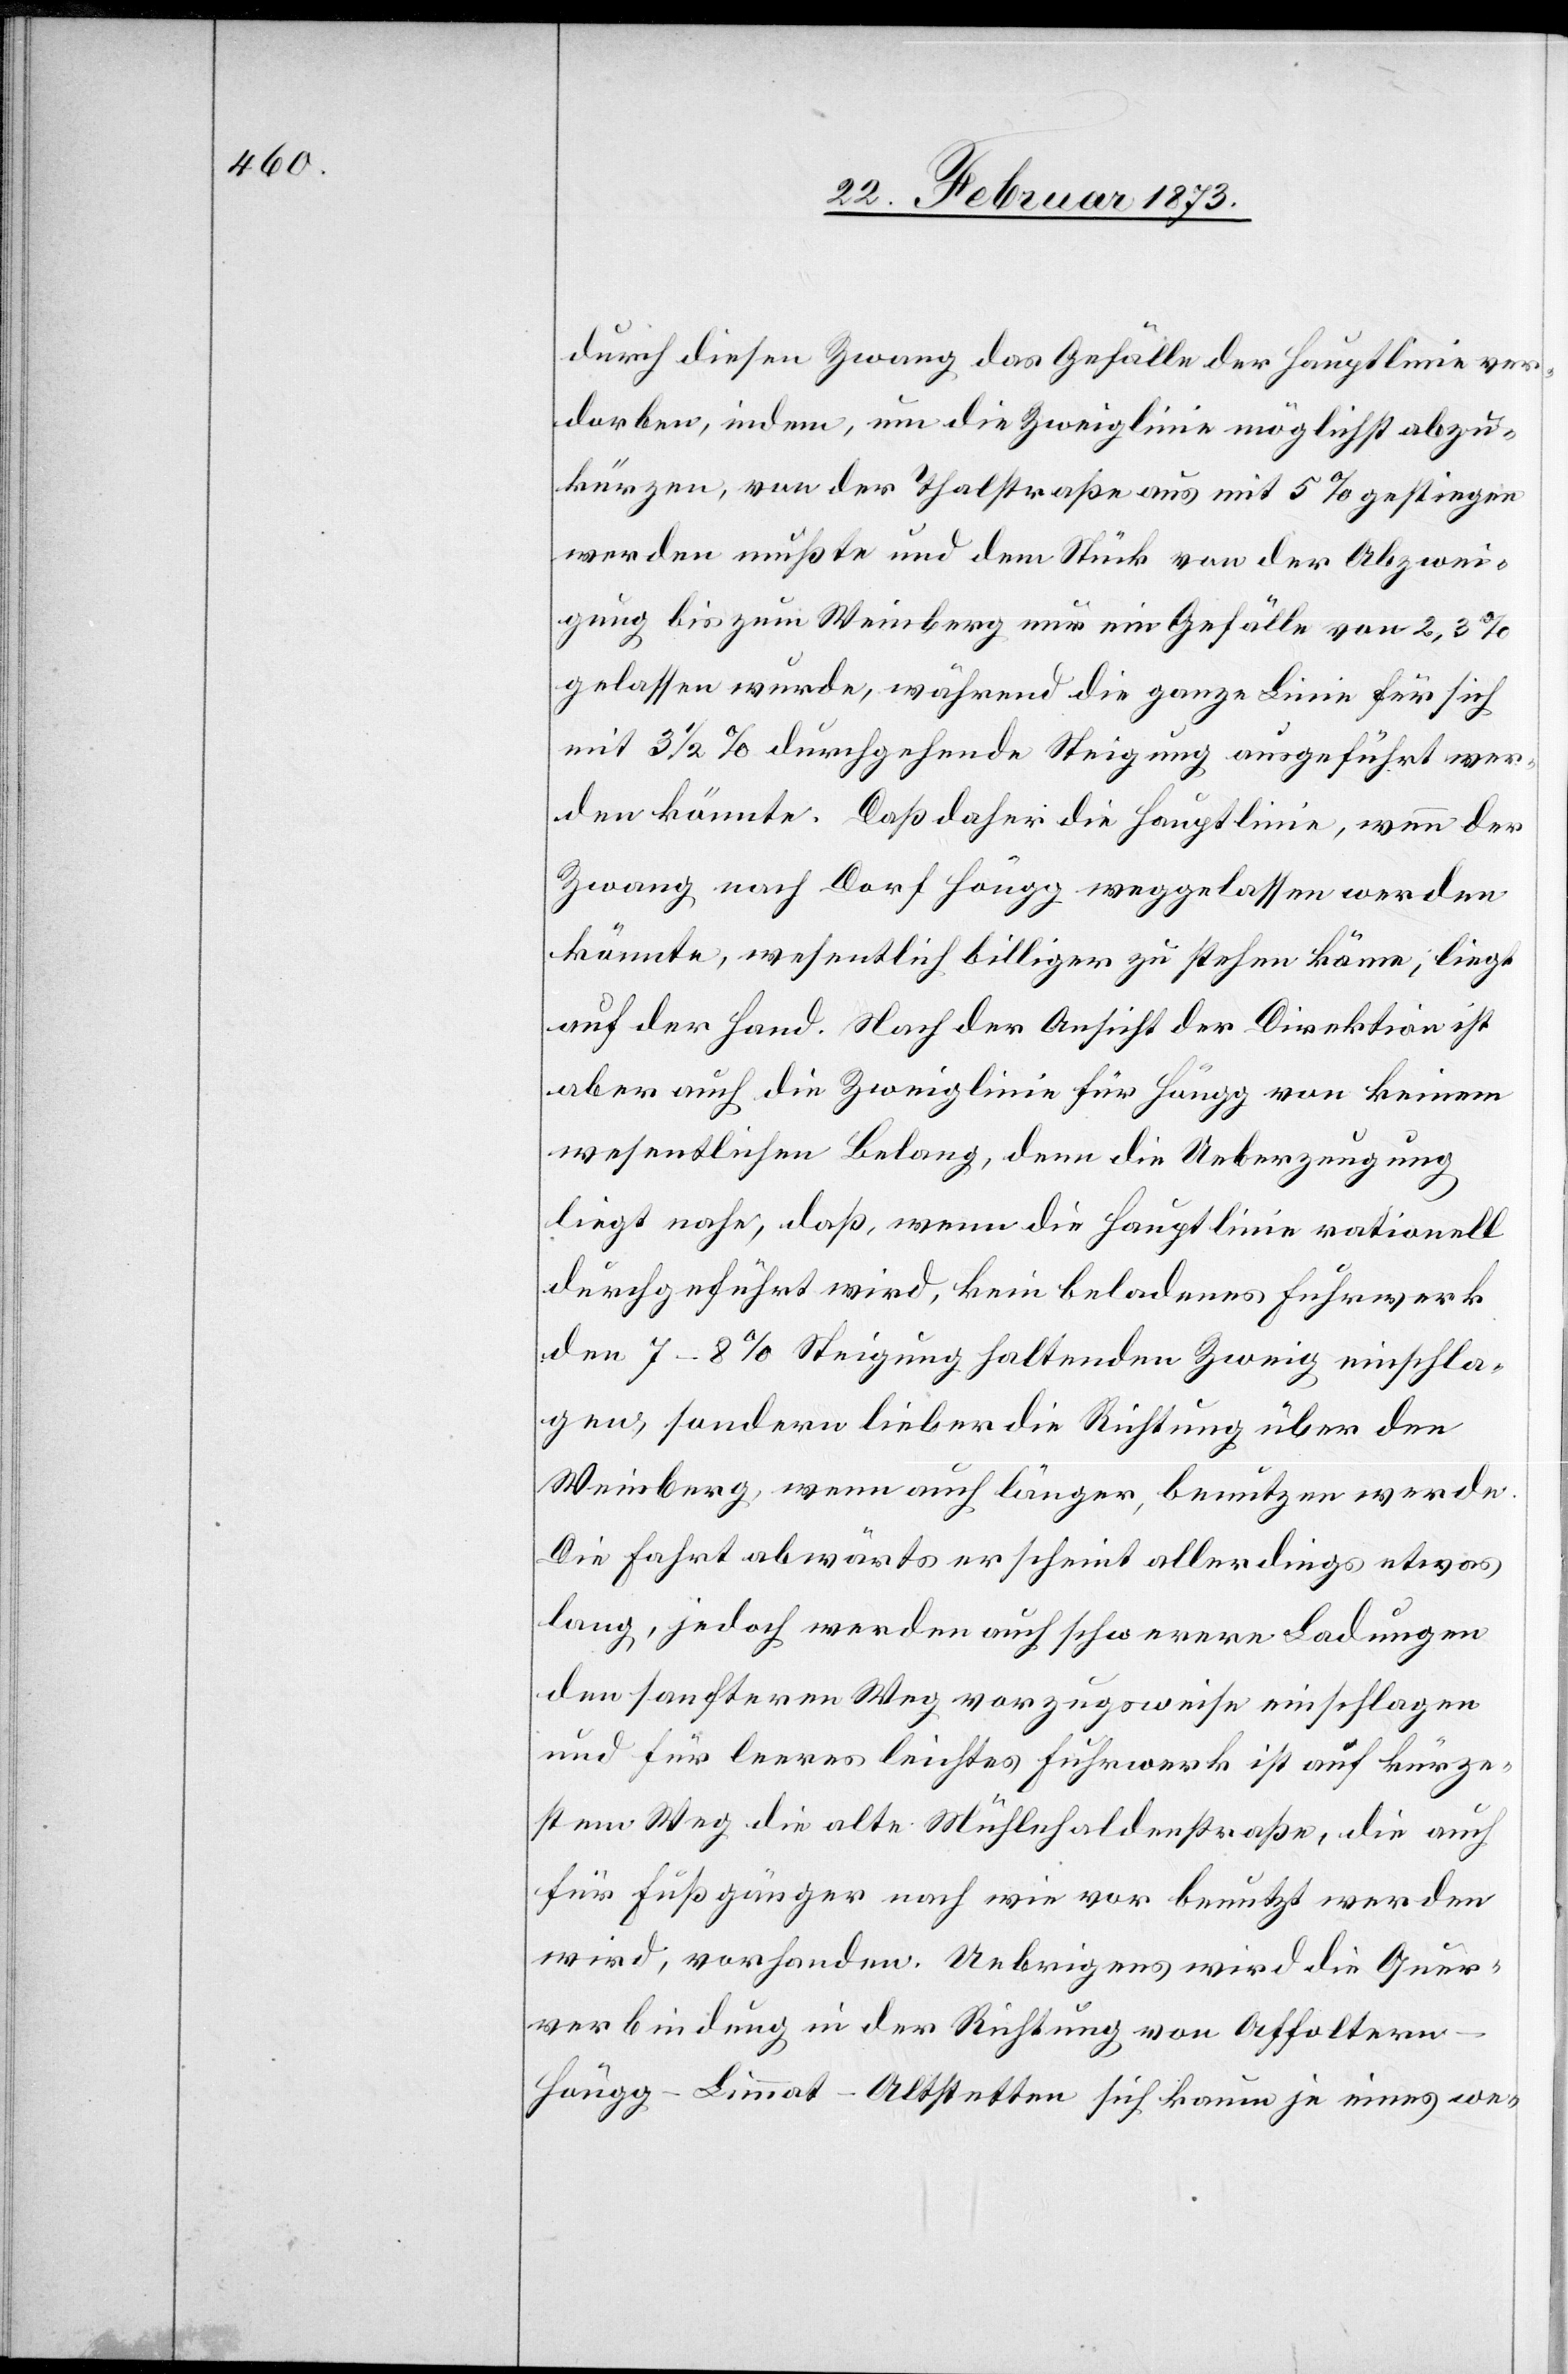
durch diesen Zwang das Gefälle der Hauptlinie ver¬
dorben, indem, um die Zweiglinie möglichst abzu¬
kürzen, von der Thalstraße aus mit 5% gestiegen
werden müßte und dem Stück von der Abzwei¬
gung bis zum Weinberg nur ein Gefälle von 2,3%
gelassen wurde, während die ganze Linie für sich
mit 3 1/2% durchgehende Steigung ausgeführt wer¬
den könnte. Daß daher die Hauptlinie, wenn der
Zwang nach Dorf Höngg weggelassen werden
könnte, wesentlich billiger zu stehen käme; liegt
auf der Hand. Nach der Ansicht der Direktion ist
aber auch die Zweiglinie für Höngg von keinem
wesentlichen Belang, denn die Ueberzeugung
liegt nahe, daß wenn die Hauptlinie rationell
durchgeführt wird, kein beladenes Fuhrwerk
den 7–8% Steigung haltenden Zweig einschla¬
gen, sondern lieber die Richtung über den
Weinberg, wenn auch länger, benutzen werde.
Die Fahrt abwärts erscheint allerdings etwas
lang, jedoch werden auch schwerere Ladungen
den sanfteren Weg vorzugsweise einschlagen
und für leeres leichtes Fuhrwerk ist auf kürze¬
stem Weg die alte Mühlehaldenstraße, die auch
für Fußgänger nach wie vor benutzt werden
wird, vorhanden. Uebrigens wird die Quer¬
verbindung in der Richtung von Affolter¬
n–Höngg–Limmat–Altstetten sich kaum je eines we-